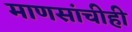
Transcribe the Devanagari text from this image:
माणसांचीही